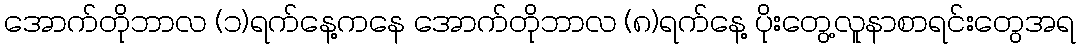
အောက်တိုဘာလ (၁)ရက်နေ့ကနေ အောက်တိုဘာလ (၈)ရက်နေ့ ပိုးတွေ့လူနာစာရင်းတွေအရ